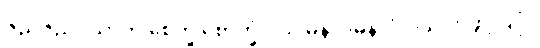
ဇညဇညံဝိယာတိ စေက္ခ စောက္ခံ ဝိယ မနာပမနာပံ ဝိယ ဟုဖွင့်ပြပုံ။